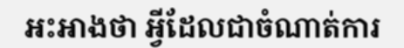
អះអាងថា អ្វីដែលជាចំណាត់ការ